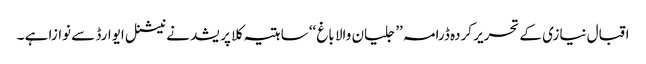
اقبال نیازی کے تحریر کردہ ڈرامہ ’’ جلیان والا باغ ‘‘ ساہتیہ کلا پریشد نے نیشنل ایوارڈ سے نوازا ہے ۔